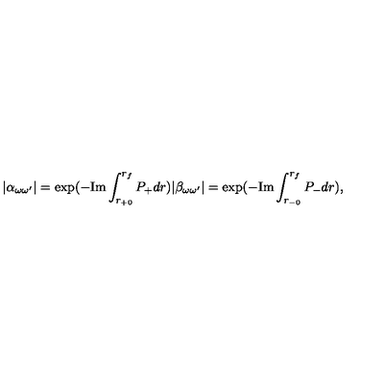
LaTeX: | \alpha _ { \omega \omega ^ { \prime } } | = \exp ( - \mathrm { I m } \int _ { r _ { + 0 } } ^ { r _ { f } } P _ { + } d r ) | \beta _ { \omega \omega ^ { \prime } } | = \exp ( - \mathrm { I m } \int _ { r _ { - 0 } } ^ { r _ { f } } P _ { - } d r ) ,